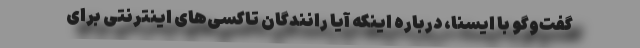
گفت‌وگو با ایسنا، درباره اینکه آیا رانندگان تاکسی‌های اینترنتی برای